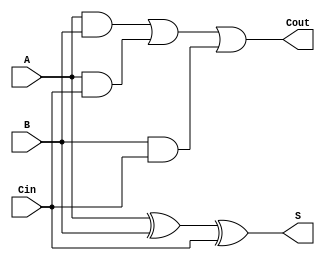
// Implementation of a full addder

//   Inputs: A, B, Cin bits
//   Outputs: sum bit S, carry out bit Cout
//
module full_adder_nodelay(A, B, Cin, S, Cout);

   input A, B, Cin;
   output S, Cout;

   assign S = A ^ B ^ Cin;
   assign Cout = (A & B) | (A & Cin) | (B & Cin);

endmodule // full_adder_nodelay